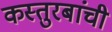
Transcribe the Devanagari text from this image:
कस्तुरबांची